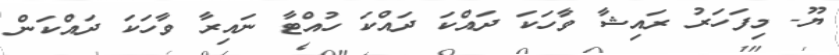
ޔޫ- މިފަހަރު ރައިޝާ ވާހަކަ ދައްކަ ދައްކަ ހުއްޓާ ނައިރާ ވާހަކަ ދައްކަން